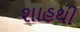
શાહથી